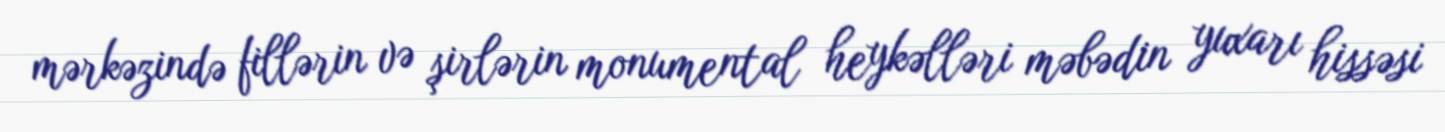
mərkəzində fillərin və şirlərin monumental heykəlləri məbədin yuxarı hissəsi